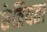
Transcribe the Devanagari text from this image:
छेत्रियता